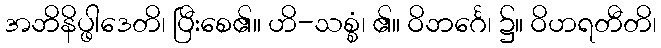
အဘိနိပ္ဖါဒေတိ၊ ပြီးစေ၏။ ဟိ-သစ္စံ၊ ၏။ ဝိဘင်္ဂေ၊ ၌။ ဝိဟရတီတိ၊